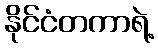
နိုင်ငံတကာရဲ့